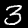
Digit: 3